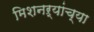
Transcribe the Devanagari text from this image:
मिशनऱ्यांच्या